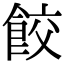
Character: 餃